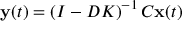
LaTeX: \mathbf { y } ( t ) = \left( I - D K \right) ^ { - 1 } C \mathbf { x } ( t )